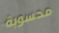
محسوبة